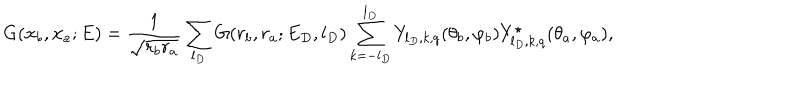
LaTeX: G ( { \bf { x } } _ { b } , { \bf { x } } _ { a } ; E ) = \frac 1 { \sqrt { r _ { b } r _ { a } } } \sum _ { l _ { D } } G ( r _ { b } , r _ { a } ; E _ { D } , l _ { D } ) \sum _ { k = - l _ { D } } ^ { l _ { D } } Y _ { l _ { D } , k , q } ( \theta _ { b } , \varphi _ { b } ) Y _ { l _ { D } , k , q } ^ { \star } ( \theta _ { a } , \varphi _ { a } ) ,